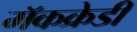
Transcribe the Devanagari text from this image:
मॅकक्रेडी